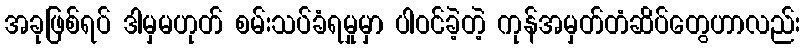
အခုဖြစ်ရပ် ဒါမှမဟုတ် စမ်းသပ်ခံရမှုမှာ ပါဝင်ခဲ့တဲ့ ကုန်အမှတ်တံဆိပ်တွေဟာလည်း